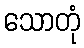
သောတုံ